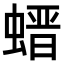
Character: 𧎽